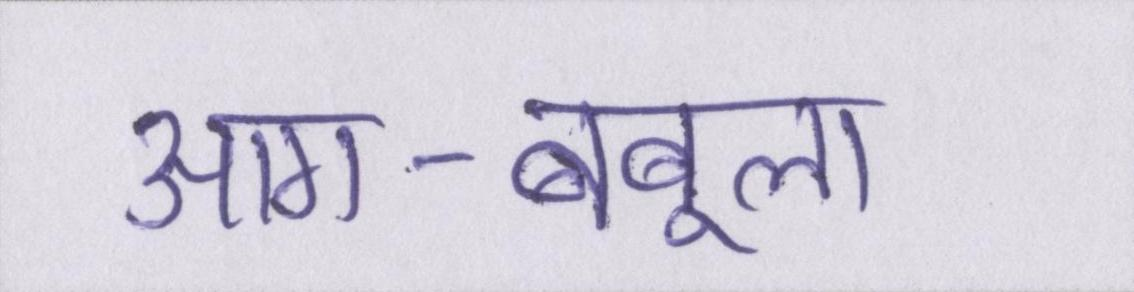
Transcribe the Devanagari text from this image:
आग-बबूला